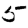
Digit: 5